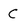
Character: C